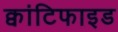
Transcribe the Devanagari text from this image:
क्वांटिफाइड